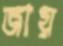
জায়